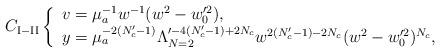
LaTeX: \begin{align*} C_{{\rm I-II}}\left\{ \begin{array}{l} v=\mu_a^{-1}w^{-1}(w^2-w_0^{\prime 2}), \\ y=\mu_a^{-2(N_c'-1)}\Lambda_{N=2}^{\prime -4(N_c'-1)+2N_c} w^{2(N_c'-1)-2N_c}(w^2-w_0^{\prime 2})^{N_c}, \end{array} \right.\end{align*}